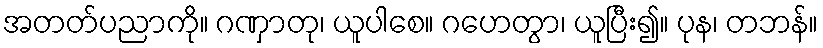
အတတ်ပညာကို။ ဂဏှာတု၊ ယူပါစေ။ ဂဟေတွာ၊ ယူပြီး၍။ ပုန၊ တဘန်။